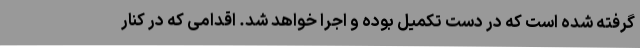
گرفته شده است که در دست تکمیل بوده و اجرا خواهد شد. اقدامی که در کنار